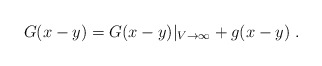
\begin{align*}G(x-y) = G(x-y)\vert_{V \to \infty} + g(x-y) \ .\end{align*}